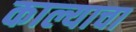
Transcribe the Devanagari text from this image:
काल्याचा